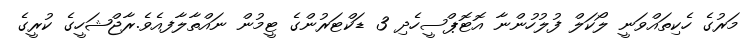
މަރުގެ ހެކިތައްވަނީ ލޯކަލް ފުލުހުންނާ އޮޓޮޕްސީހެދި 3 ޑަކްޓަރުންގެ ޓީމުން ނައްތާލާފއެވެ.ރާޖްޝަހީގެ ކުރީގެ